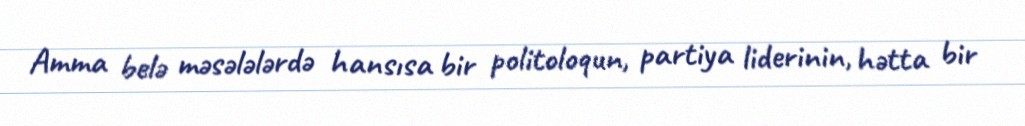
Amma belə məsələlərdə hansısa bir politoloqun, partiya liderinin, hətta bir